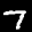
Label: 7